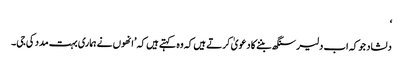
‘
دلشاد جو کہ اب دلیر سنگھ بننے کا دعویٰ کرتے ہیں کہ وہ کہتے ہیں کہ ’انھوں نے ہماری بہت مدد کی جی۔